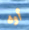
أوه